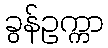
ခွန်ဥက္ကာ